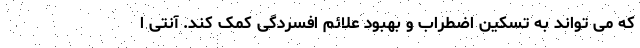
که می تواند به تسکین اضطراب و بهبود علائم افسردگی کمک کند. آنتی ا